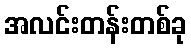
အလင်းတန်းတစ်ခု